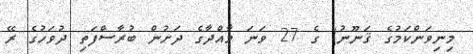
މިނިވަންކަމުގެ ޤަނޫނު) ގެ 27 ވަނަ މާއްދާގެ ދަށުން ބުރާސްފަތި ދުވަހުގެ ރޭ